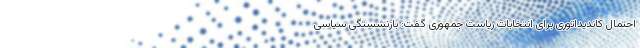
احتمال کاندیداتوری برای انتخابات ریاست جمهوری گفت: بازنشستگی سیاسی